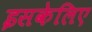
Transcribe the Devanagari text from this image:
इसकेलिए